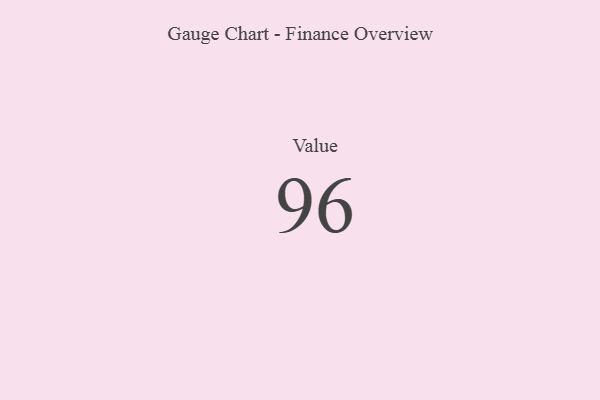
{"axis": {"x": "Metric", "y": "Value"}, "legend": [""], "data": [{"x": "Value", "y": 96, "type": ""}]}